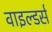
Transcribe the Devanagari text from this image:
वाइल्डर्स